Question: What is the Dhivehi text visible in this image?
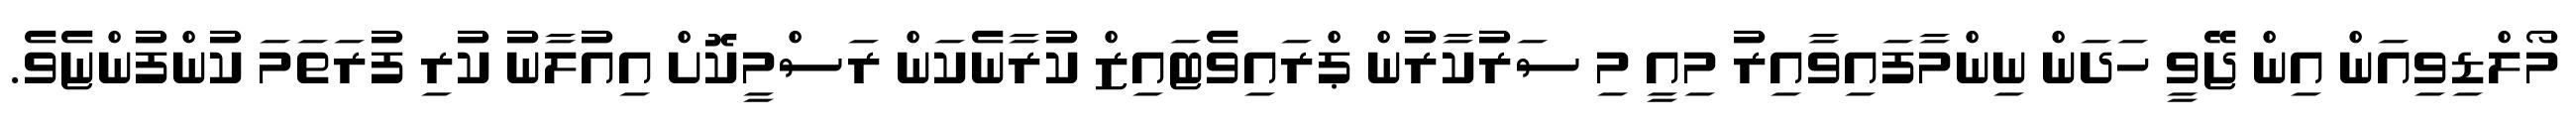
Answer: މޯލްޑިވިއަން އިން ޖޭވީ ހަދަން ނިންމާފައިވާއިރު މިއީ މި ސަރުކާރުން ޕްރައިވެޓައިޒް ކުރާނެކަން ރަސްމީކޮށް އިއުލާނު ކުރި ފުރަތަމަ ކުންފުންޏެވެ.